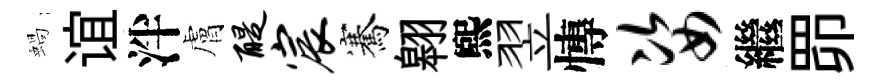
蝸谊泮膚醍宸騫翱煕翌慱姿繼𦊑